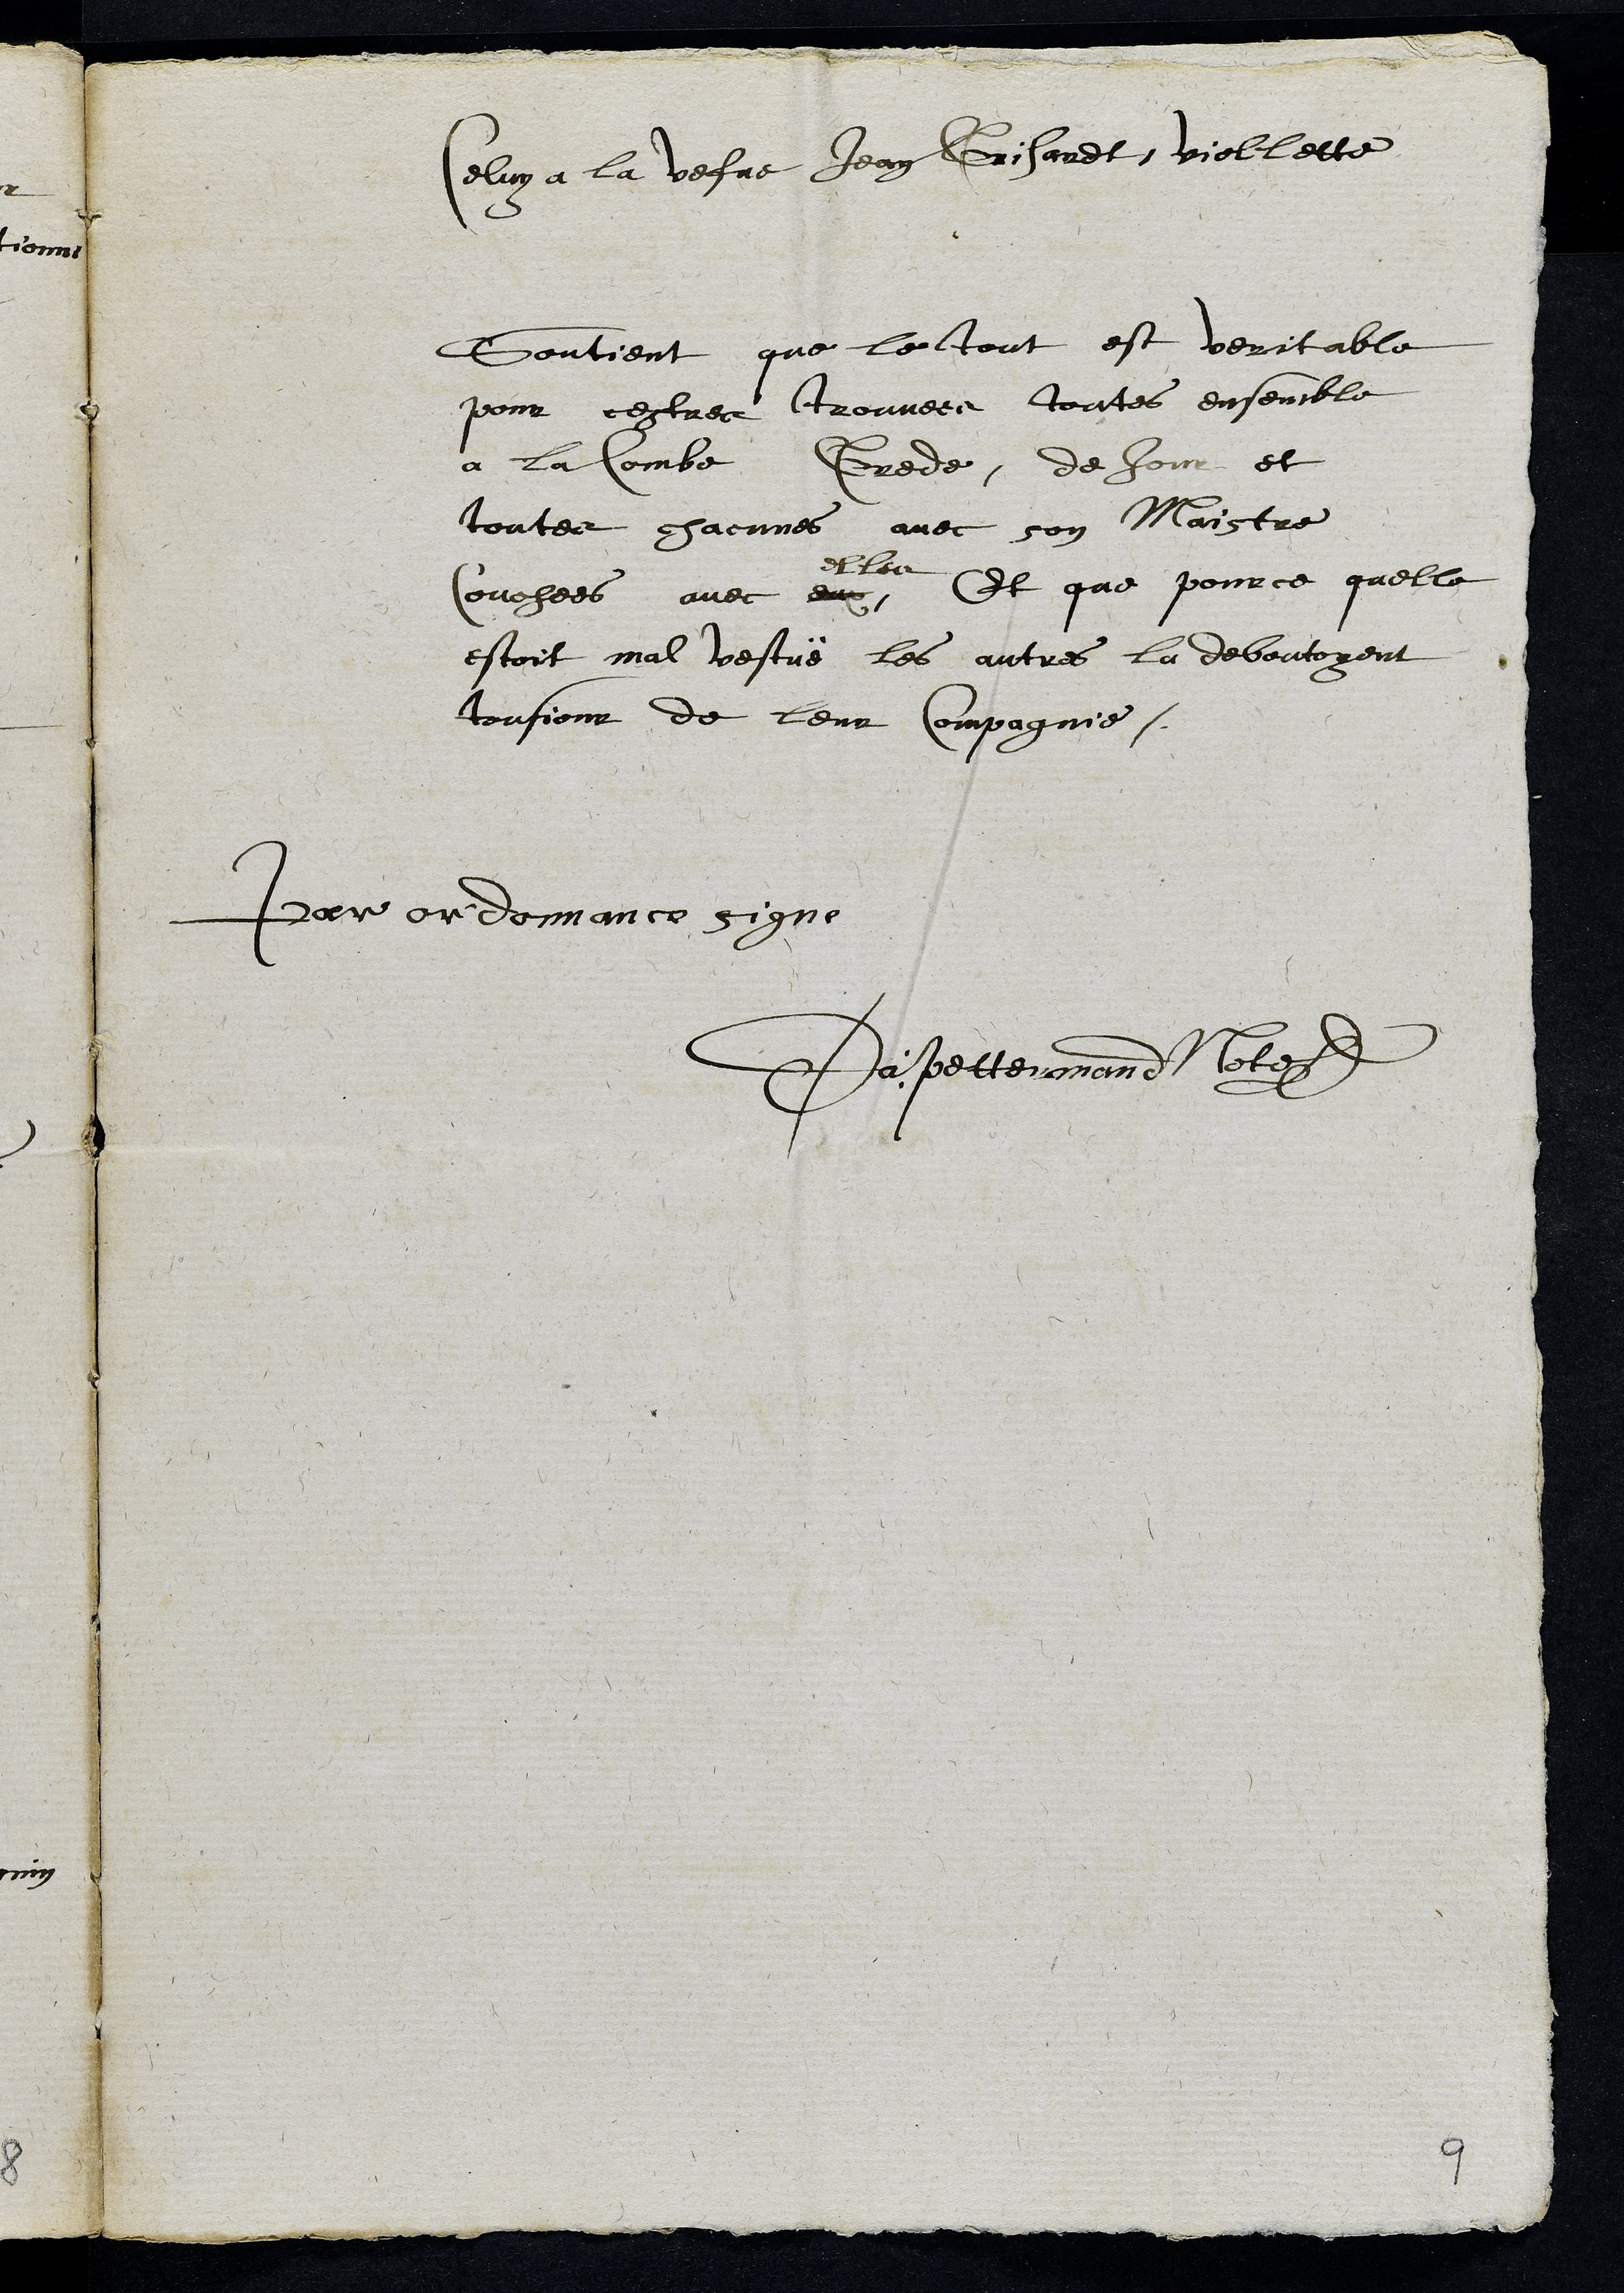
Celuy a la vefve Jean Grisardt, viollette
Soutient que le tout est veritable
pour cestre trouvee toutes ensemble
a la Combe Grede, de Jour et
toutes chacunes avec son Maistre
couchees avec eux
elles
Et que pour ce quelle
estoit mal vestuë les autres la deboutoyent
tousjour de leur compagnie.
Par ordonnance signe
Da: Pettermand Note
9